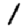
Digit: 1